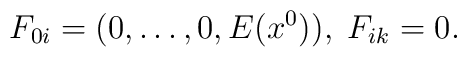
F_{0i}=(0,\ldots,0,E(x^0)),\;  F_{ik}=0.